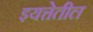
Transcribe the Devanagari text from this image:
इयत्तेतील